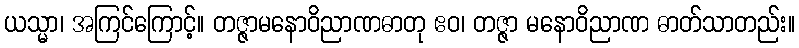
ယသ္မာ၊ အကြင်ကြောင့်။ တဇ္ဇာမနောဝိညာဏဓာတု ဧဝ၊ တဇ္ဇာ မနောဝိညာဏ ဓာတ်သာတည်း။